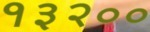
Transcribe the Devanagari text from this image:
१३२००